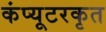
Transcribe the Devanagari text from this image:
कंप्यूटरकृत